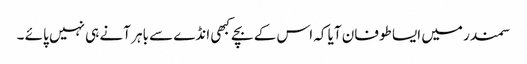
سمندر میں ایسا طوفان آیا کہ اس کے بچے کبھی انڈے سے باہر آنے ہی نہیں پائے ۔